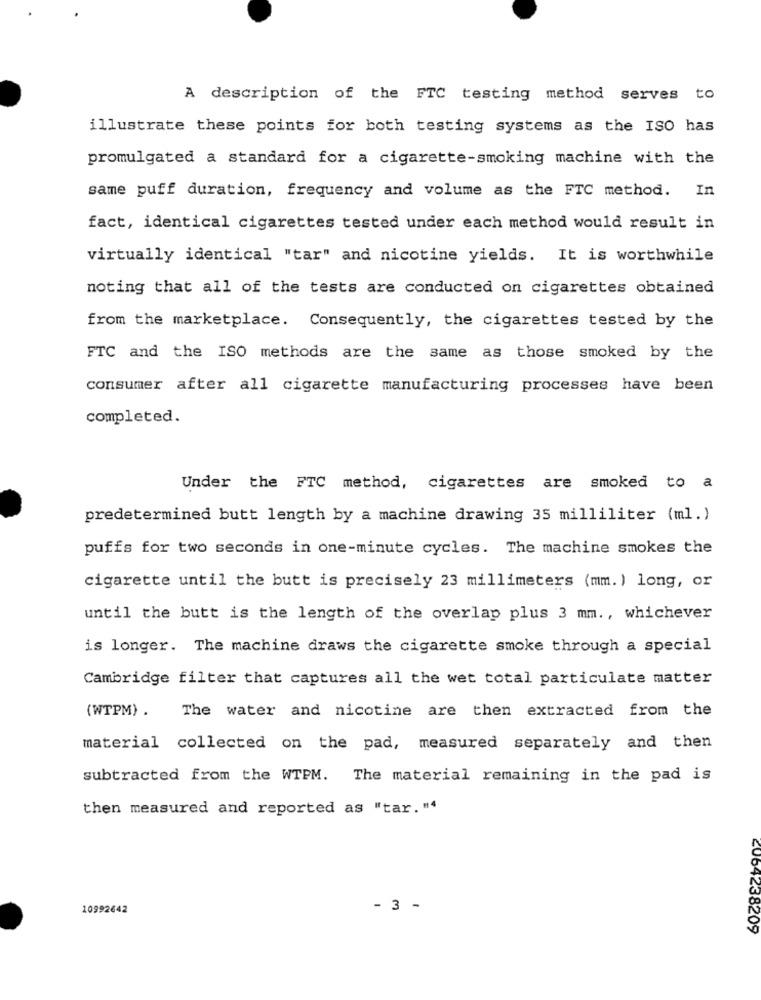
A description of the FTC testing method serves to
illustrate these points for both testing systems as the ISO has
promulgated a standard for a cigarette-smoking machine with the
same puff duration, frequency and volume as the FTC method. In
fact, identical cigarettes tested under each method would result in
virtually identical "tar" and nicotine yields. It is worthwhile
noting that all of the tests are conducted on cigarettes obtained
from the marketplace. Consequently, the cigarettes tested by the
FTC and the ISO methods are the same as those smoked by the
consumer after all cigarette manufacturing processes have been
completed.
Under the FTC method, cigarettes are smoked to a
predetermined butt length by a machine drawing 35 milliliter (ml.)
puffs for two seconds in one-minute cycles. The machine smokes the
cigarette until the butt is precisely 23 millimeters (mm. ) long, or
until the butt is the length of the overlap plus 3 mm ., whichever
is longer. The machine draws the cigarette smoke through a special
Cambridge filter that captures all the wet total particulate matter
(WTPM) .
The water and nicotine are then extracted from the
material collected on the pad, measured separately and then
subtracted from the WTPM. The material remaining in the pad is
then measured and reported as "tar."4
10992642
- 3 -
2064238209